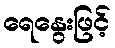
ရေနွေးဖြင့်